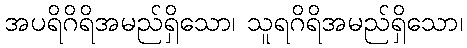
အပရိဂိရိအမည်ရှိသော၊ သူရဂိရိအမည်ရှိသော၊